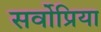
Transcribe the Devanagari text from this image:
सर्वोप्रिया